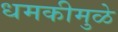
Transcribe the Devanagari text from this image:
धमकीमुळे